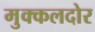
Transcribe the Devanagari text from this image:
मुक्कलदोर